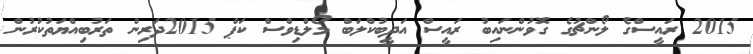
2015 ރައީސްގެ ލޯންޗުގެ ގޮވުންނައިބު ރައީސް އަދީބުކްލަބް މޯލްޑިވްސް ކަޕް 2015ދަރިން ތަރުބިއްޔަތުކުރުން